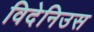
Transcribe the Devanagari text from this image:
विदेनिउस